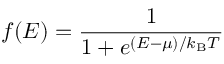
f ( E ) = { \frac { 1 } { 1 + e ^ { { ( E - \mu ) } / { k _ { \mathrm { { B } } } T } } } }